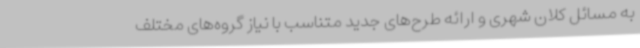
به مسائل کلان شهری و ارائه طرح‌های جدید متناسب با نیاز گروه‌های مختلف